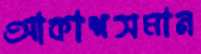
আকাশসমান